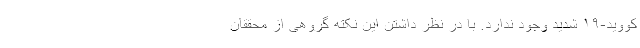
کووید-۱۹ شدید وجود ندارد. با در نظر داشتن این نکته گروهی از محققان